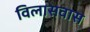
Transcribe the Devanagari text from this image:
विलासवास